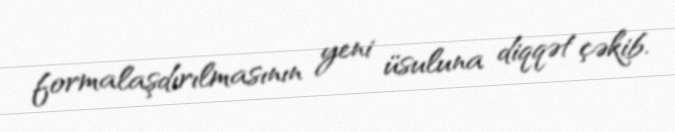
formalaşdırılmasının yeni üsuluna diqqət çəkib.